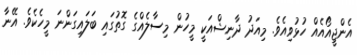
އެންޖީއޯއެއް ހުޅުވިއެވެ. މިއަދު ދާނިޝްއަކީ މީހުން މިސާލެއްގެ ގޮތުގައި ބަލައިގަންނަ މީހެކެވެ. އޭނާ